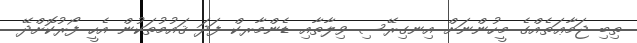
ތިބި ޖަމާޢަތެއްގެ މީހުންނަށް އިނގިރޭސި ވިލާތާއި ޑެންމާރކް ފަދަ ޤައުމުތަކުން އެހީ ފޯރުކޮށްދޭ